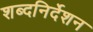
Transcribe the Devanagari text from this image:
शब्दनिर्देशन